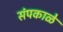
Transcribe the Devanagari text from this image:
संपकाळे